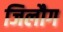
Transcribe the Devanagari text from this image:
जिलौग